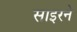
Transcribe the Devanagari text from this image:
साइरने